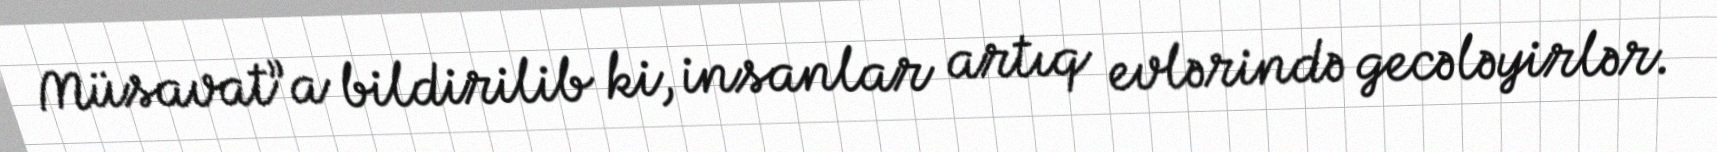
Müsavat”a bildirilib ki, insanlar artıq evlərində gecələyirlər.